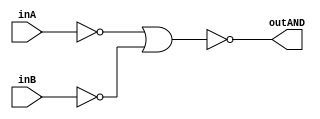
/* CSED273 lab1 experiment 2_i */
/* lab1_2_i.v */


/* Implement AND with {OR, NOT}
 * You are only allowed to wire modules together */
module lab1_2_i(outAND, inA, inB);
    output wire outAND;
    input wire inA, inB;
    wire midA, midB, midout;
    
    not(midA, inA);
    not(midB, inB);
    or(midout, midA, midB);
    not(outAND, midout);    

endmodule